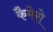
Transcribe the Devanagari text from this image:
कैमेरो